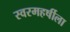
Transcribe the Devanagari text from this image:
स्वरमहर्षीला